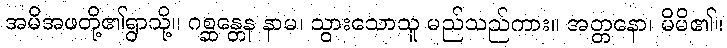
အမိအဖတို့၏ရွာသို့။ ဂစ္ဆန္တေန နာမ၊ သွားသောသူ မည်သည်ကား။ အတ္တနော၊ မိမိ၏။